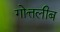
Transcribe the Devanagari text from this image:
गोत्तलीब